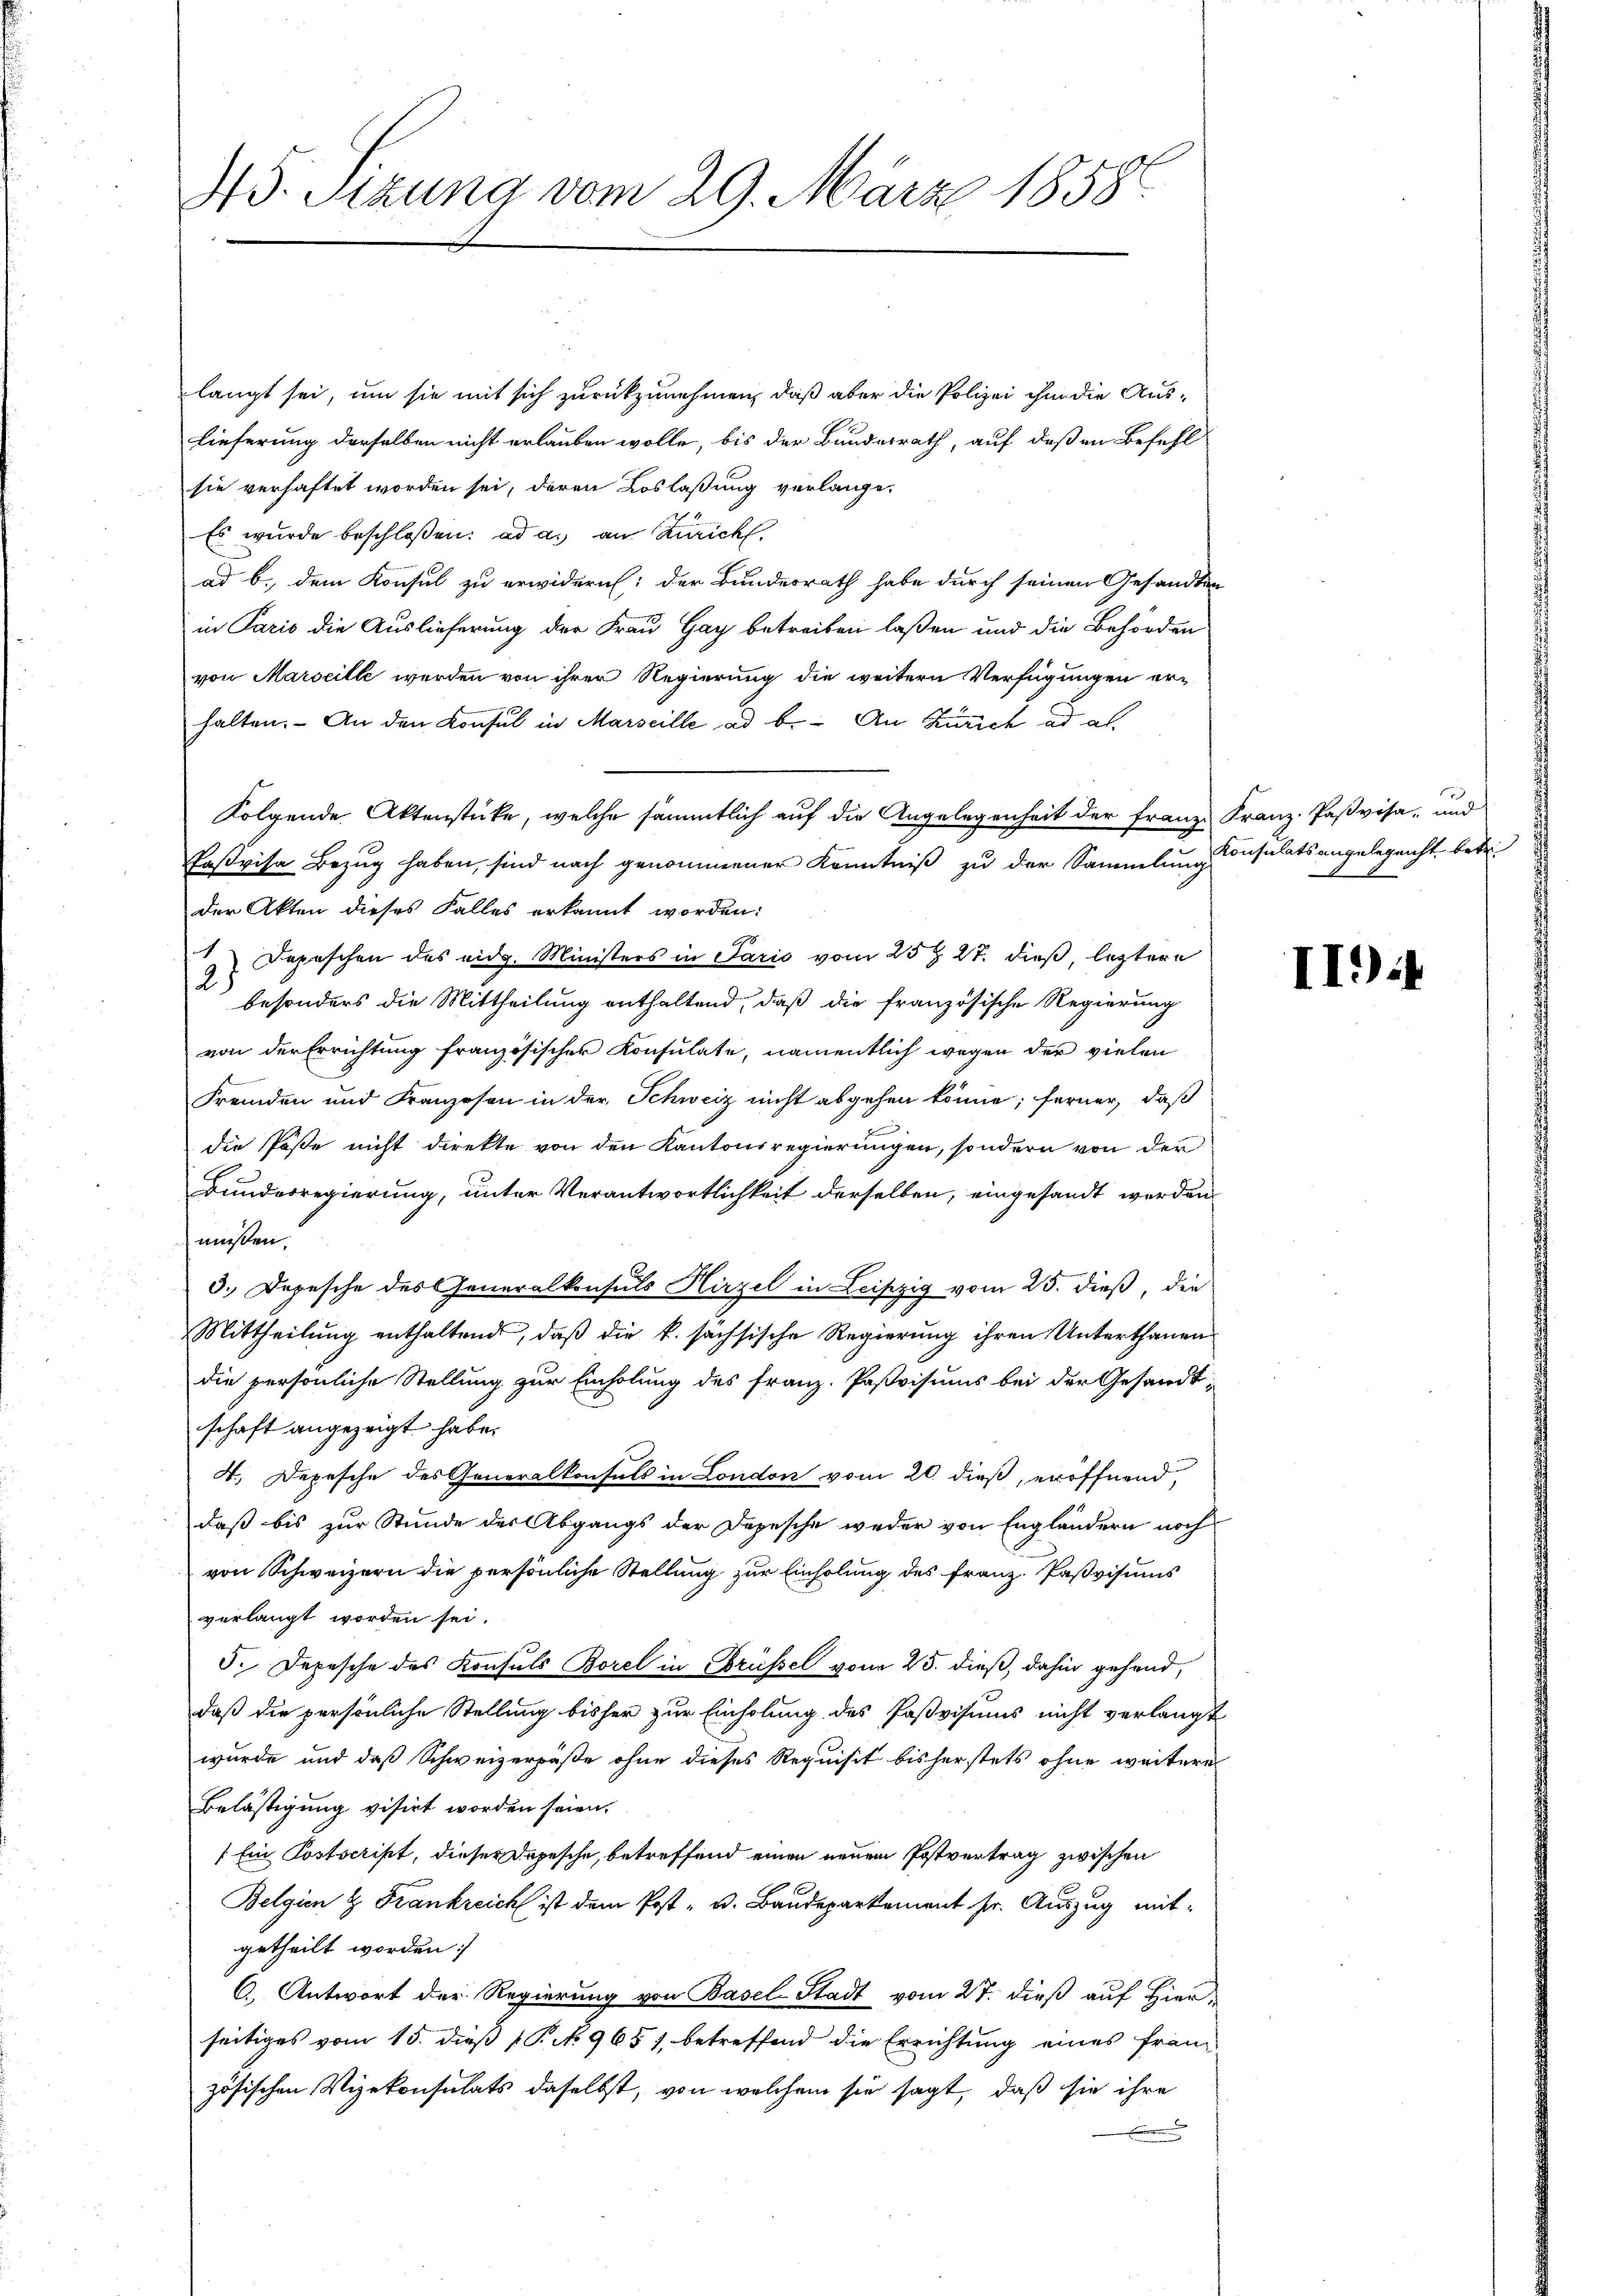
45. Sizung vom 29. März 1858.

langt sei, um sie mit sich zurückzunehmen, daß aber die Polizei ihm die Auslieferung derselben nicht erlauben wolle, bis der Bundesrath, auf deßen Befehl
sie verhaftet worden sei, deren Loslaßung verlange.
Es wurde beschloßen: ad a. an Zürich
ad b. dem Konsul zu erwidern; der Bundesrath habe durch seinen Gesandten
in Paris die Auslieferung der Frau Gay betreiben laßen und die Behörden
von Marseille werden von ihrer Regierung die weitern Verfügungen erhalten. An den Konsul in Marseille ad b. An Zürich ad al
Folgende Aktenstücke, welche sämmtlich auf die Angelegenheit der Franz Franz- Paßvisa, und
Paßvisa Bezug haben, sind nach genommener Kenntniß zu der Sammlung Consulatsangelegenst, betr.
der Akten dieses Falles erkannt worden:
 Depeschen des eidg. Ministers in Paris vom 25t 27. dieß, leztere
 besonders die Mittheilung enthaltend, daß die französische Regierung
von der Errichtung französischer Konsulate, namentlich wegen der vielen
e
Frenden und Franzosen in der Schweiz nicht abgehen könne; ferner, daß
die Pöste nicht direkte von den Kantonsregierungen, sondern von der
Bunderregierung, unter Verantwortlichkeit derselben, eingesandt werden
müßen.
3. Depesche des Generalkonsuls Hirzel in Leipzig vom 25. dieß, die
Mittheilung enthaltend, daß die k. sächsische Regierung ihren Unterthanen
die persönliche Stellung zur Einholung des Franz. Pastvisums bei der Gesandt-
schaft angezeigt habe.
4. Depesche des Generalkonsuls in London vom 20. dieß, eröffnend,
daß bis zur Stunde der Abgangs der Depesche weder von Engländern noch
von Schweizern die persönliche Stellung zur Einholung des Franz Paßvisums
verlangt worden sei.
5. Depesche des Konsuls Borel in Brüssel vom 25. dieß, dahin gehend,
daß die persönliche Stellung bisher zur Einholung des Paßvisums nicht verlangt
wurde und daß Schweizerpäße ohne dieses Requisit bisherstets ohne weitere
Belästigung visirt worden seien.
Ein Postscript, dieser Depesche, betreffend einen neuen Postvertrag zwischen
Belgien & Frankreich ist dem Post- u. Baudepartement sr. Auszug mitgetheilt worden:
C.) Antwort der Regierung von Basel-Stadt vom 27. dieß auf Hier
seitiges vom 15. dieß (Pik 965), betreffend die Errichtung eines franz
zösischen Vizekonsulats daselbst, von welchem sie sagt, daß sie ihre
a

1

II)